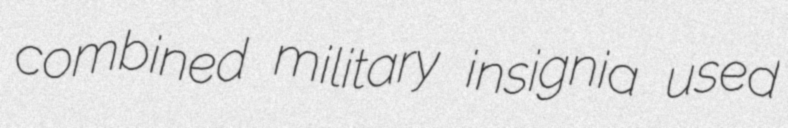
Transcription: combined military insignia used